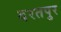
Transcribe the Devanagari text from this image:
दरतपुर